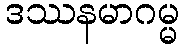
ဒဿနမာဂမ္မ